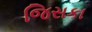
જિસકા